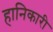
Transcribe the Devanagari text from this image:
हानिकारी